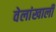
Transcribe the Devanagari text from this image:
वेलांखाली